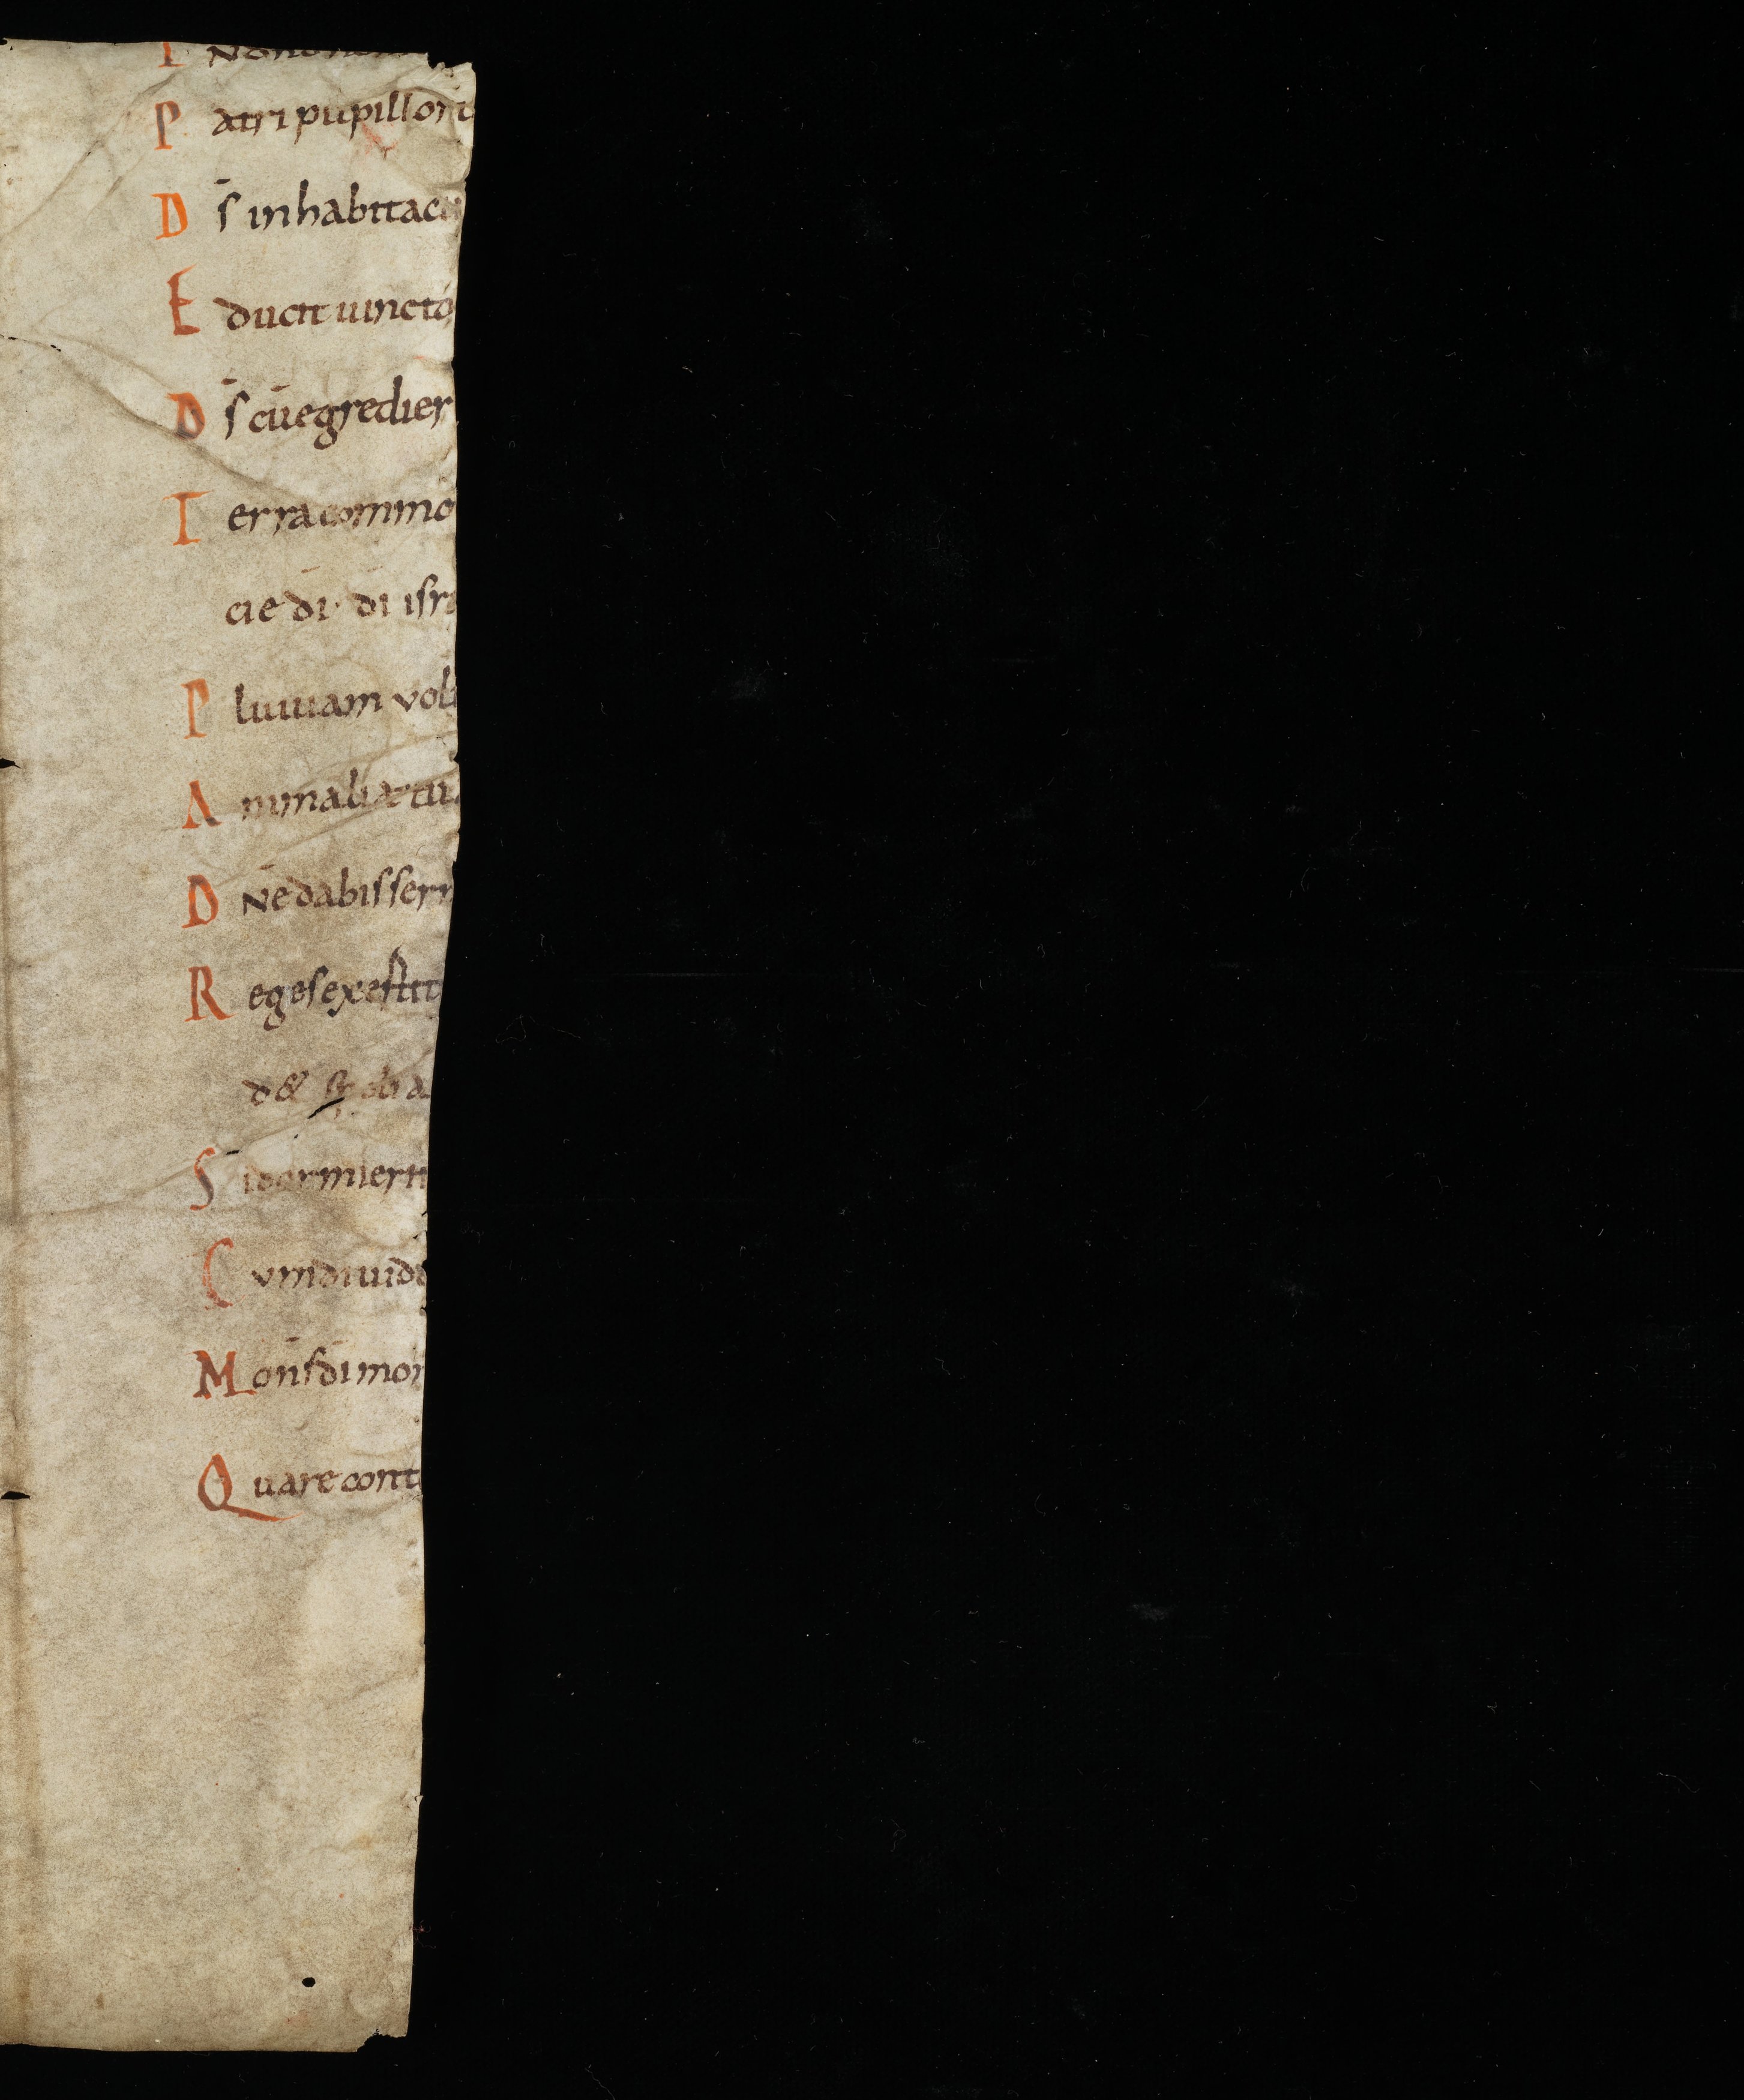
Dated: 885–999